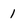
Character: 1